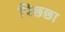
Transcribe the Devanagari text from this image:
पिछ्छा